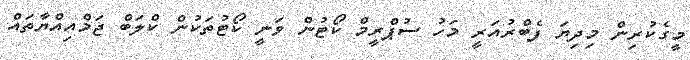
މީގެކުރިން މިދިޔަ ފެބްރުއަރީ މަހު ސުޕްރީމް ކޯޓުން ވަނީ ކޯޓުތަކުން ކްލަބް ޖަމްއިއްޔާތައް